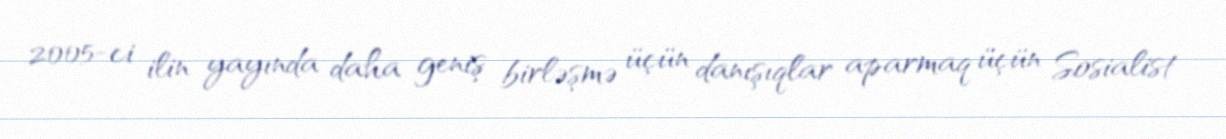
2005-ci ilin yayında daha geniş birləşmə üçün danışıqlar aparmaq üçün Sosialist